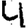
Digit: 4